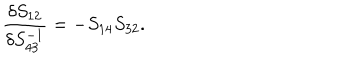
LaTeX: \frac { \delta S _ { 1 2 } } { \delta S _ { 4 3 } ^ { - 1 } } = - S _ { 1 4 } S _ { 3 2 } .